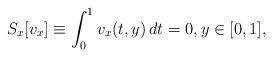
LaTeX: \begin{align*}S_x [v_x] \equiv \int_0^1 v_x(t, y) \, dt = 0, y \in [0, 1],\end{align*}